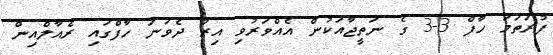
ފުރަތަމަ ހާފް 3-3 ގެ ނަތީޖާއަކުން އެއްވަރުވި އިރު ދެވަނަ ހާފްގައި ރެއާލްއިން